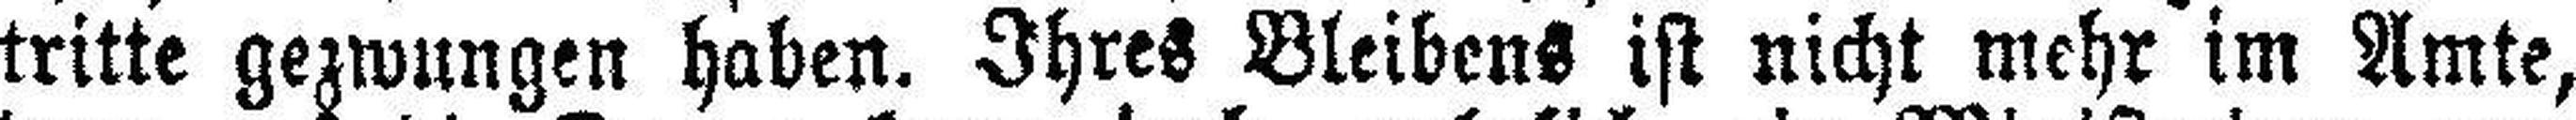
tritte gezwungen haben. Ihres Bleibens ist nicht mehr im Amte,